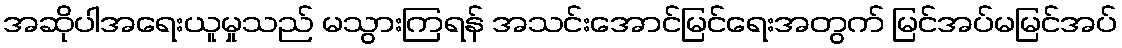
အဆိုပါအရေးယူမှုသည် မသွားကြရန် အသင်းအောင်မြင်ရေးအတွက် မြင်အပ်မမြင်အပ်